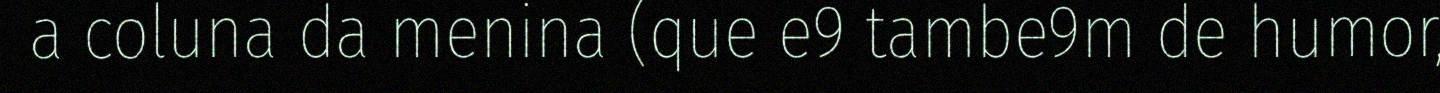
a coluna da menina (que e9 tambe9m de humor,